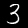
Label: 3